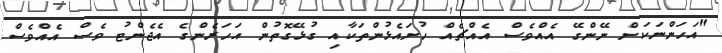
"އަހަންނަކަށް ނޭންގޭ އެއްވެސް އެއްޗެއް ހުށައެޅުންތަކާއި ގުޅޭގޮތުން އަހަރެންގެ އެޖެންޓު ވެސް އެއްވެސް